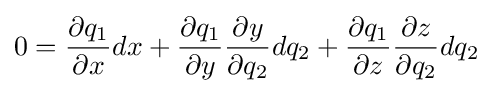
0={\dfrac {\partial q_{1}}{\partial x}}dx+{\dfrac {\partial q_{1}}{\partial y}}{\dfrac {\partial y}{\partial q_{2}}}dq_{2}+{\dfrac {\partial q_{1}}{\partial z}}{\dfrac {\partial z}{\partial q_{2}}}dq_{2}